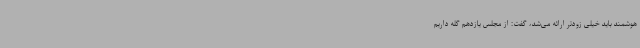
هوشمند باید خیلی زودتر ارائه می‌شد، گفت: از مجلس یازدهم گله داریم